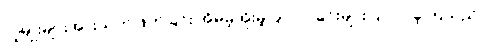
လူမျိုးများအားသတ်ဖြတ်ခြင်း၊အိမ်မဲ့အိုးမဲ့ပြုလုပ်ခြင်းများပြုလုပ်ခဲ့ကြသည်။